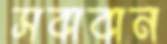
সবাবান